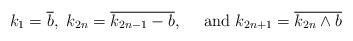
LaTeX: \begin{align*} k_1=\overline{b},\ k_{2n}=\overline{k_{2n-1}-b}, \quad\text{ and }k_{2n+1}=\overline{k_{2n}\wedge b}\end{align*}